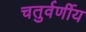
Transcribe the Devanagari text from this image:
चतुर्वर्णीय